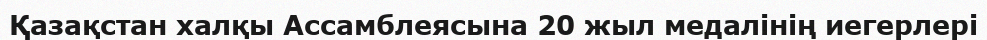
Қазақстан халқы Ассамблеясына 20 жыл медалінің иегерлері